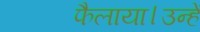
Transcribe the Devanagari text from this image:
फैलाया।उन्हें